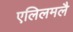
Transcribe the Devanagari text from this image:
एलिलमलै